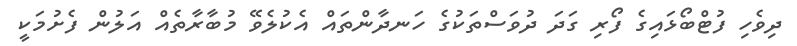
ދިވެހި ފުޓްބޯޅައިގެ ފޯރި ގަދަ ދުވަސްތަކުގެ ހަނދާންތައް އެކުލެވޭ މުބާރާތެއް އަލުން ފެށުމަކީ